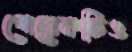
পেরেকটিও